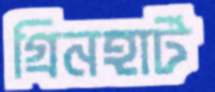
গ্রিনহার্ট